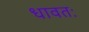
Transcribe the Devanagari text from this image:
धावतः